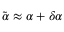
\tilde { \alpha } \approx \alpha + \delta \alpha